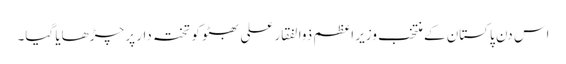
اس دن پاکستان کے منتخب وزیر اعظم ذوالفقار علی بھٹو کو تختہ دار پر چڑھایا گیا۔